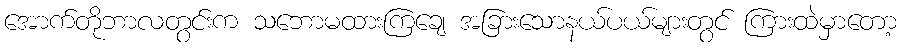
အောက်တိုဘာလတွင်းက သဘောမထားကြချေ အခြားသောနယ်ပယ်များတွင် ကြားထဲမှာတော့